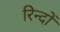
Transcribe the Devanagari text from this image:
रिन्दों